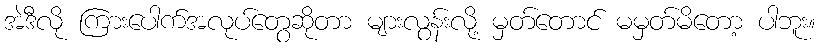
အဲဒီလို ကြားပေါက်အလုပ်တွေဆိုတာ များလွန်းလို့ မှတ်တောင် မမှတ်မိတော့ ပါဘူး။